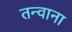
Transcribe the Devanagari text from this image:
तन्वाना